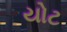
યોટ